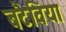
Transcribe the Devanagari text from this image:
बटैविया